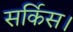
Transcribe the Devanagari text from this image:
सर्किस।